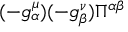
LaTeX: ( - g _ { \alpha } ^ { \mu } ) ( - g _ { \beta } ^ { \nu } ) \Pi ^ { \alpha \beta }